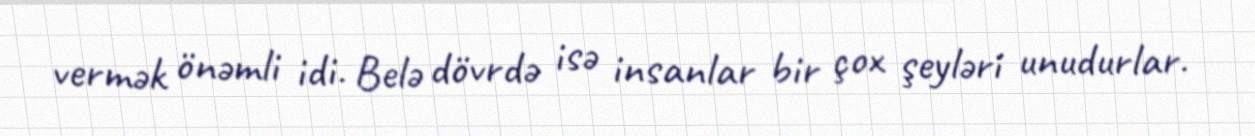
vermək önəmli idi. Belə dövrdə isə insanlar bir çox şeyləri unudurlar.